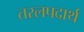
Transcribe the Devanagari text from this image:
तरलपदार्थ